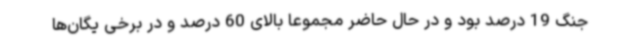
جنگ 19 درصد بود و در حال حاضر مجموعا بالای 60 درصد و در برخی یگان‌ها